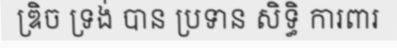
ឌ្រិច ទ្រង់ បាន ប្រទាន សិទ្ធិ ការពារ